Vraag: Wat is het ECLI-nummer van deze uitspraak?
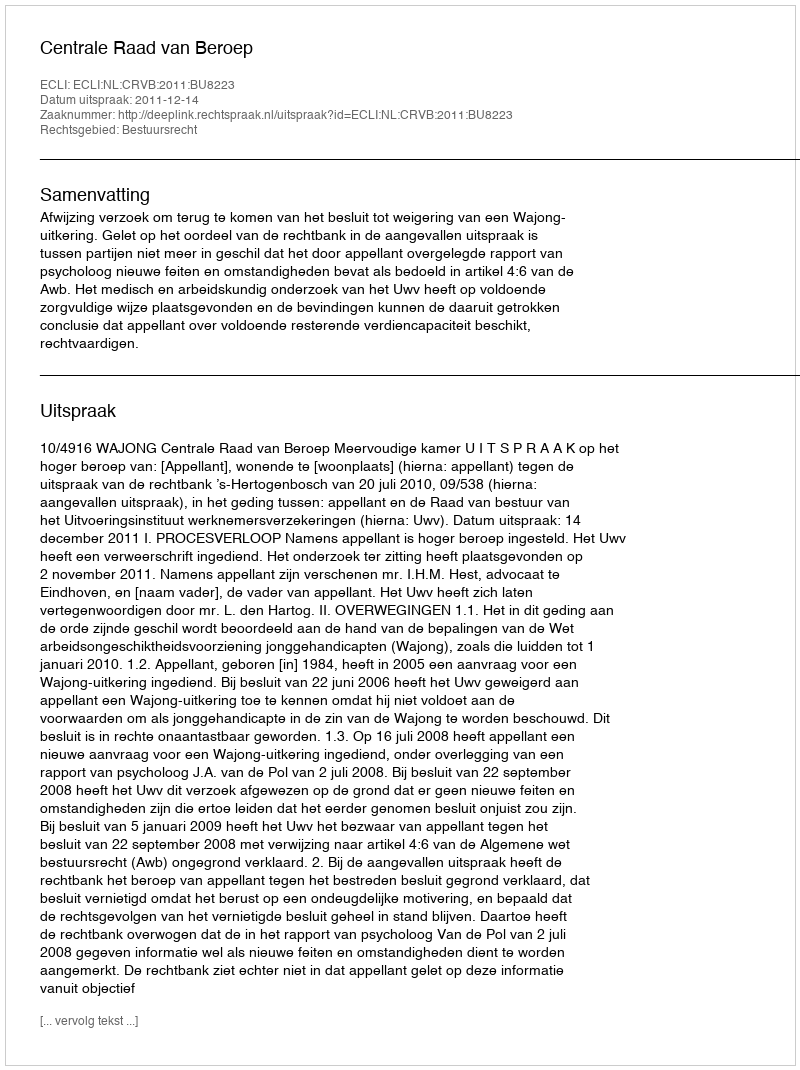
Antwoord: ECLI:NL:CRVB:2011:BU8223